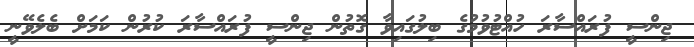
ޖިންސީ ފުރައްސާރަ ހުއްޓުވުމުގެ ބިލުގައިވާ ގޮތުން ޖިންސީ ފުރައްސާރަ ކުރުން ކަމަށް ބެލެވޭނީީ